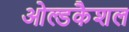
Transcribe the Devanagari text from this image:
ओल्डकैशल